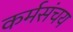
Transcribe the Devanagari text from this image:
कर्मसंचय